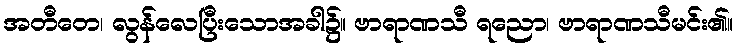
အတီတေ၊ လွန်လေပြီးသောအခါ၌။ ဗာရာဏသီ ရညော၊ ဗာရာဏသီမင်း၏။